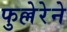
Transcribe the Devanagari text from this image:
फुल्लेरेने